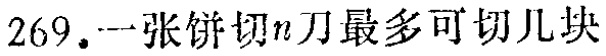
$269.一张饼切n刀最多可切几块$